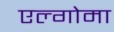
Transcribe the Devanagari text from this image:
एल्गोमा